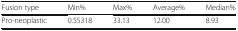
<table><thead><tr><td><b>Fusion type</b></td><td><b>Min%</b></td><td><b>Max%</b></td><td><b>Average%</b></td><td><b>Median%</b></td></tr></thead><tbody><tr><td>Pro-neoplastic</td><td>0.55318</td><td>33.13</td><td>12.00</td><td>8.93</td></tr></tbody></table>